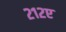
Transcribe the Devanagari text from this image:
२१२ए